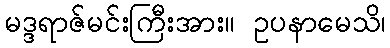
မဒ္ဒရာဇ်မင်းကြီးအား။ ဥပနာမေသိ၊